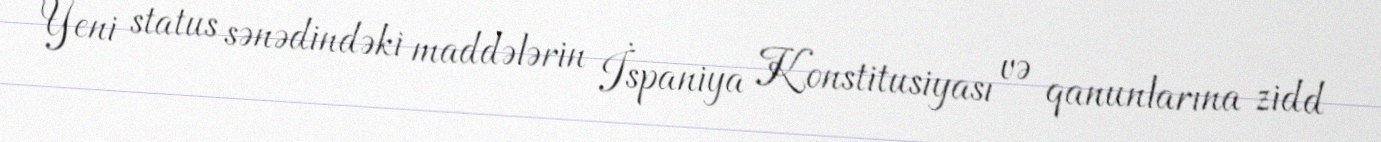
Yeni status sənədindəki maddələrin İspaniya Konstitusiyası və qanunlarına zidd